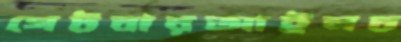
গেটবারআইনচ